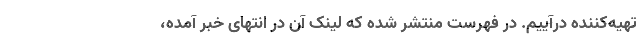
تهیه‌کننده درآییم. در فهرست منتشر شده که لینک آن در انتهای خبر آمده،